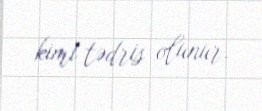
kimi tədris olunur.